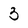
Character: 3